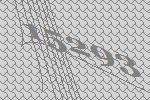
15293